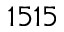
1 5 1 5